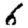
Digit: 6